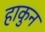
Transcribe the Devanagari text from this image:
हाकुन